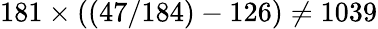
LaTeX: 181\times((47/184)-126)\neq 1039